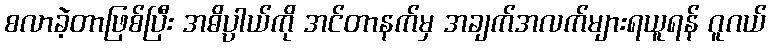
စလာခဲ့တာဖြစ်ပြီး အဓိပ္ပါယ်ကို အင်တာနက်မှ အချက်အလက်များရယူရန် ဂူဂယ်